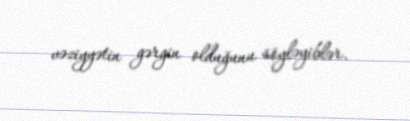
vəziyyətin gərgin olduğunu söyləyiblər.